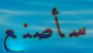
سأصنع